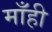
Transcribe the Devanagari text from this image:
माँही